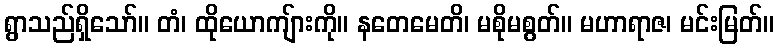
ရွာသည်ရှိသော်။ တံ၊ ထိုယောကျ်ားကို။ နတေမေတိ၊ မစိုမစွတ်။ မဟာရာဇ၊ မင်းမြတ်။